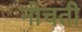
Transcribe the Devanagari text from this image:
नोचती